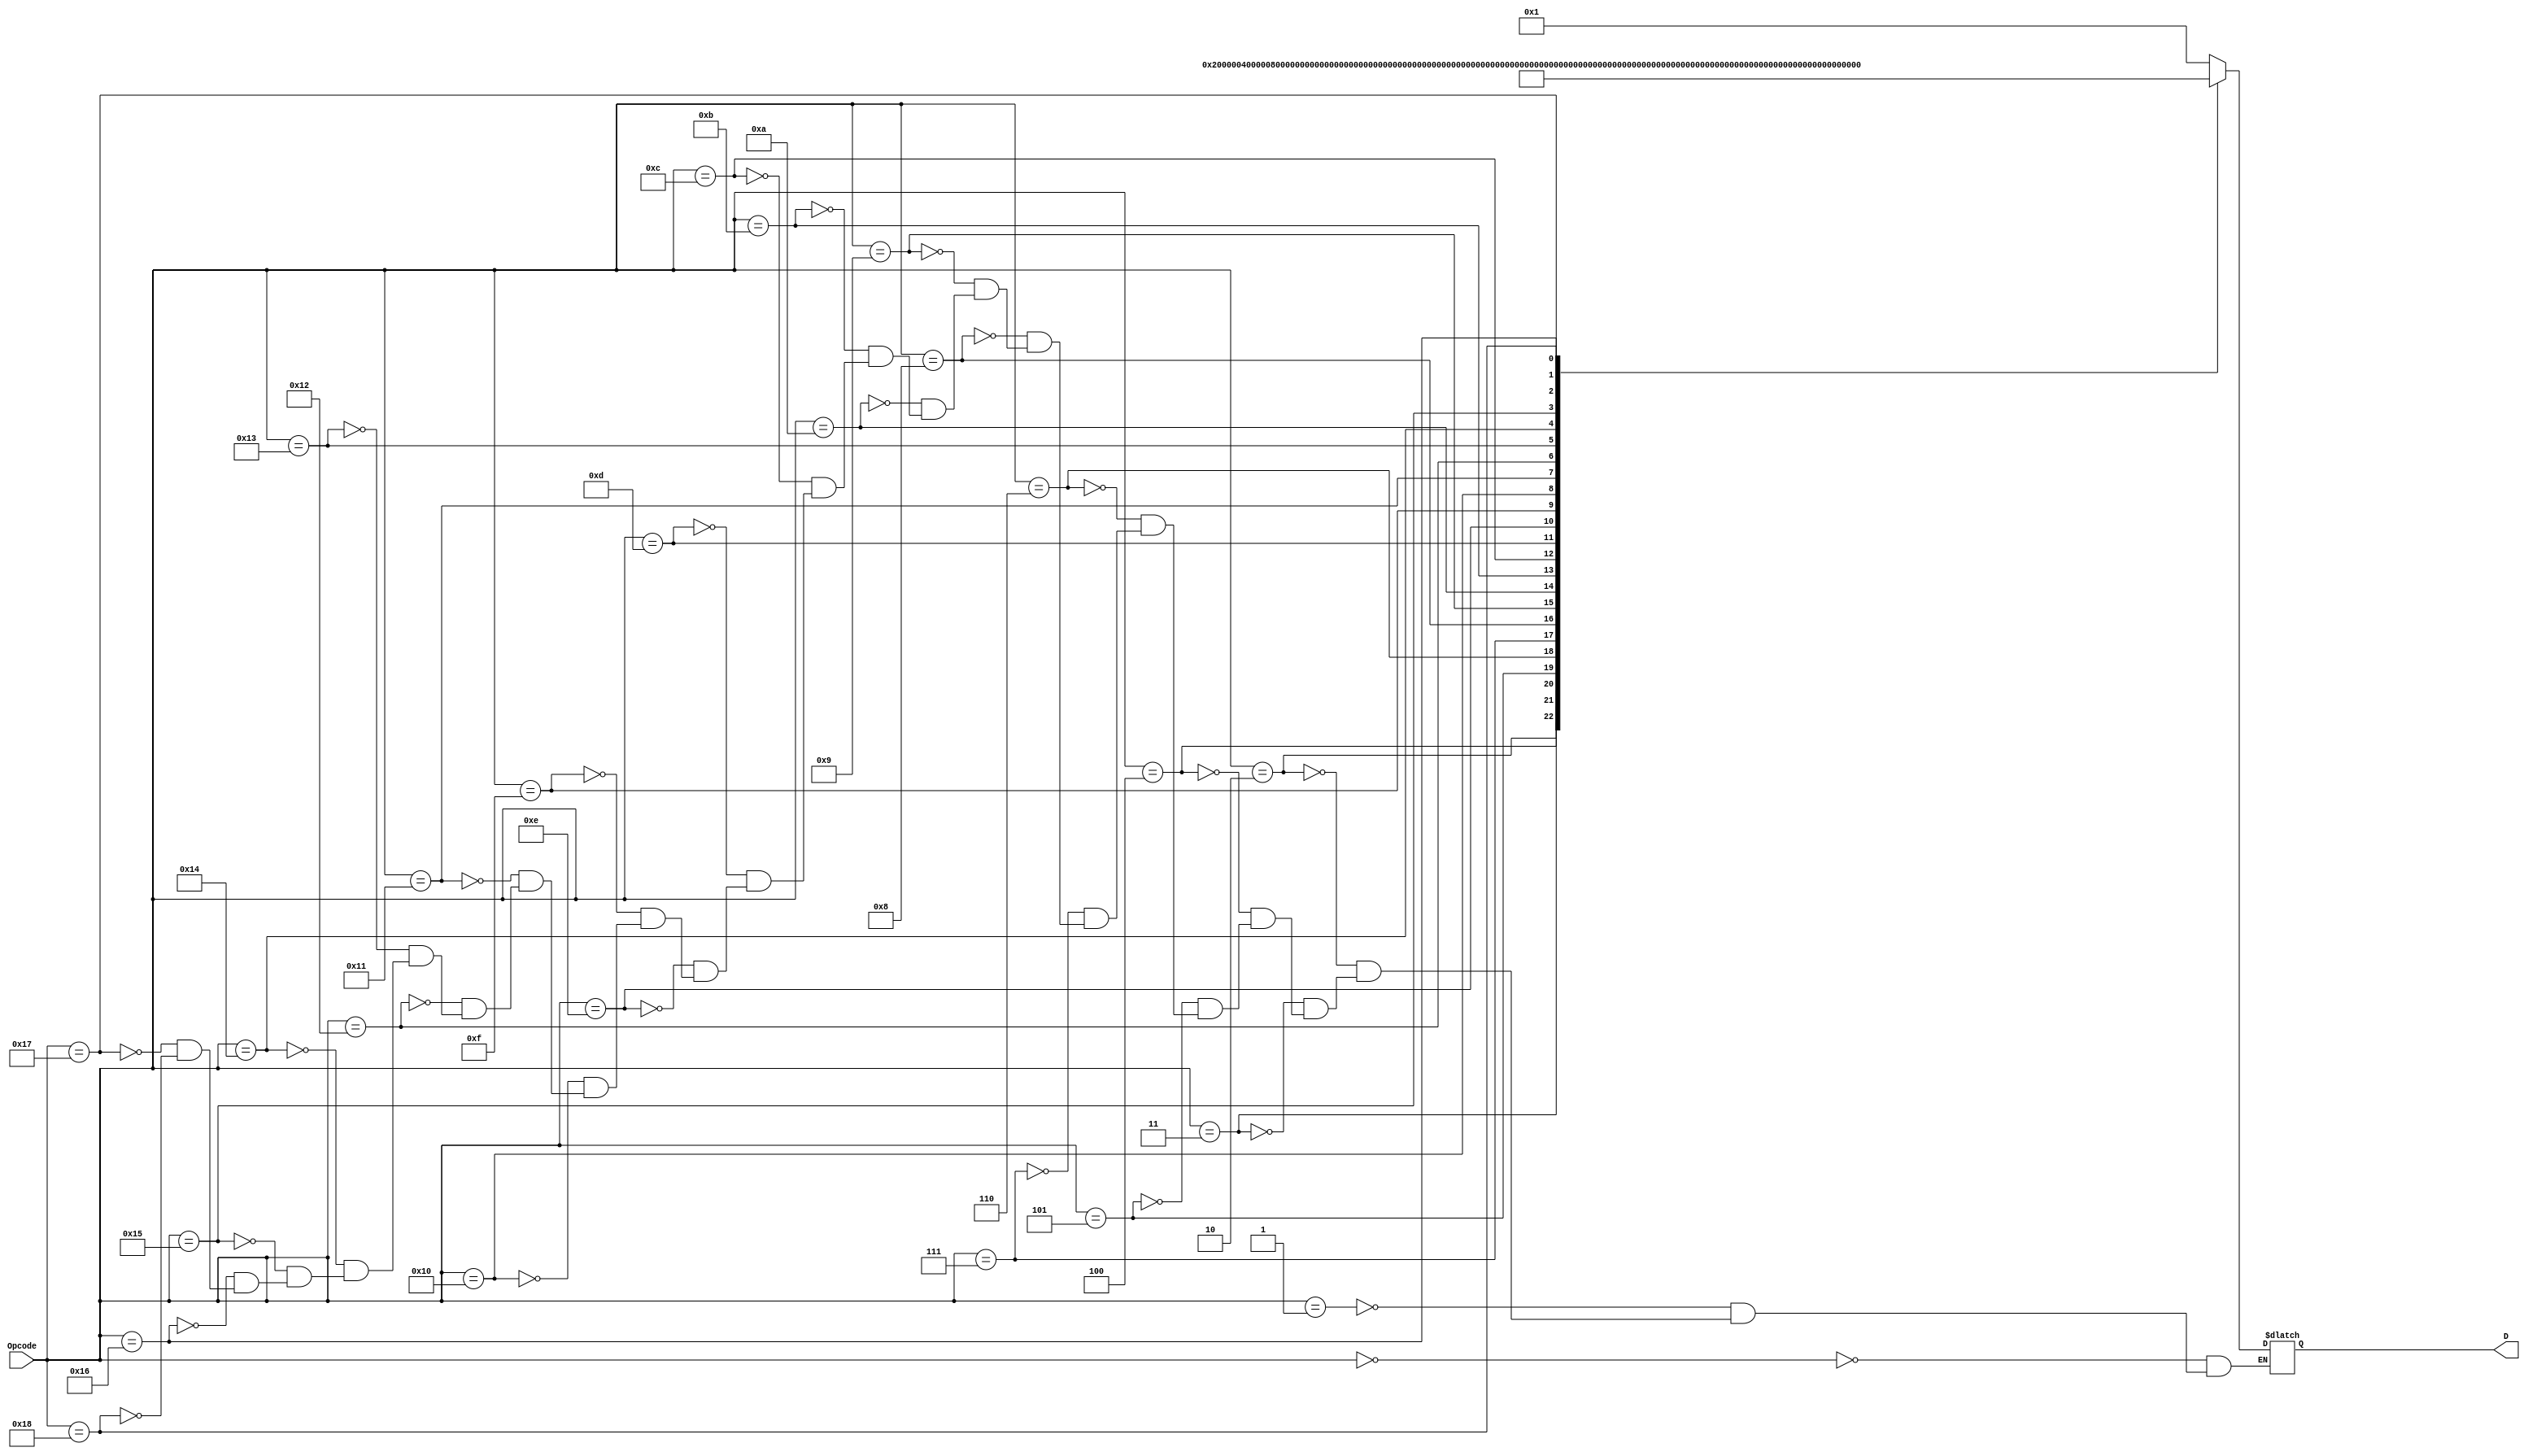
`timescale 1ns / 1ps
//////////////////////////////////////////////////////////////////////////////////
// Company: 
// Engineer: 
// 
// Design Name: 
// Module Name: OPC_Decoder
// Project Name: 
// Target Devices: 
// Tool Versions: 
// Description: 
// 
// Dependencies: 
// 
// Revision:
// Revision 0.01 - File Created
// Additional Comments:
// 
//////////////////////////////////////////////////////////////////////////////////


module OPC_Decoder(
    output reg [23:0] D,     // temporary width
    input [5:0] Opcode
    );
    always@(Opcode)
    case(Opcode)
        5'h00: D = 24'b000000000000000000000001; // nop uses add
        5'h01: D = 24'b000000000000000000000001; // add
        5'h02: D = 24'b000000000000000000000010; // sub
        5'h03: D = 24'b000000000000000000000100; // store
        5'h04: D = 24'b000000000000000000001000; // load
        5'h05: D = 24'b000000000000000000010000; // move
        5'h06: D = 24'b000000000000000000100000; // sge
        5'h07: D = 24'b000000000000000001000000; // sle
        5'h08: D = 24'b000000000000000010000000; // sgt
        5'h09: D = 24'b000000000000000100000000; // slt
        5'h0a: D = 24'b000000000000001000000000; // seq
        5'h0b: D = 24'b000000000000010000000000; // sne
        5'h0c: D = 24'b000000000000100000000000; // and
        5'h0d: D = 24'b000000000001000000000000; // or
        5'h0e: D = 24'b000000000010000000000000; // xor
        5'h0f: D = 24'b000000000100000000000000; // not
        5'h10: D = 24'b000000001000000000000000; // movei
        5'h11: D = 24'b000000010000000000000000; // sli
        5'h12: D = 24'b000000100000000000000000; // sri
        5'h13: D = 24'b000001000000000000000000; // addi
        5'h14: D = 24'b000010000000000000000000; // subi
        5'h15: D = 24'b000100000000000000000000; // jump
        5'h16: D = 24'b001000000000000000000000; // branch
        5'h17: D = 24'b010000000000000000000000; // addf
        5'h18: D = 24'b100000000000000000000000; // mulf
    endcase
endmodule